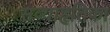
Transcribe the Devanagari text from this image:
सव्याहृतिका